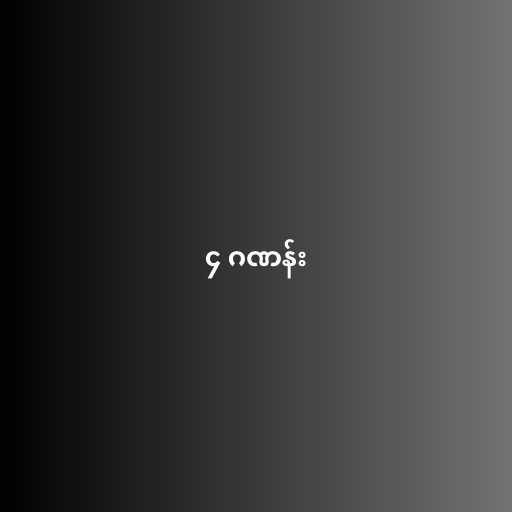
၄ ဂဏန်း